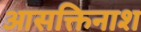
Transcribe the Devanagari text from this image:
आसक्तिनाश